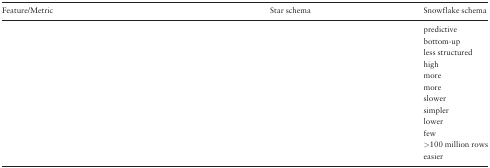
<table><thead><tr><td><b>Feature/Metric</b></td><td><b>Star schema</b></td><td><b>Snowflake schema</b></td></tr></thead><tbody><tr><td>[EMPTY_CELL]</td><td>[EMPTY_CELL]</td><td>predictive</td></tr><tr><td>[EMPTY_CELL]</td><td>[EMPTY_CELL]</td><td>bottom-up</td></tr><tr><td>[EMPTY_CELL]</td><td>[EMPTY_CELL]</td><td>less structured</td></tr><tr><td>[EMPTY_CELL]</td><td>[EMPTY_CELL]</td><td>high</td></tr><tr><td>[EMPTY_CELL]</td><td>[EMPTY_CELL]</td><td>more</td></tr><tr><td>[EMPTY_CELL]</td><td>[EMPTY_CELL]</td><td>more</td></tr><tr><td>[EMPTY_CELL]</td><td>[EMPTY_CELL]</td><td>slower</td></tr><tr><td>[EMPTY_CELL]</td><td>[EMPTY_CELL]</td><td>simpler</td></tr><tr><td>[EMPTY_CELL]</td><td>[EMPTY_CELL]</td><td>lower</td></tr><tr><td>[EMPTY_CELL]</td><td>[EMPTY_CELL]</td><td>few</td></tr><tr><td>[EMPTY_CELL]</td><td>[EMPTY_CELL]</td><td>&gt;100 million rows</td></tr><tr><td>[EMPTY_CELL]</td><td>[EMPTY_CELL]</td><td>easier</td></tr></tbody></table>